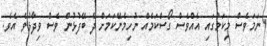
ނަމަވެސް މިކަމުގައި އެއްވެސް ގޯސްކަމެއް ނުހިމެނޭކަމަށް ދެ ބޭފުޅުން ވެސް ވިދާޅުވެ އެވެ.